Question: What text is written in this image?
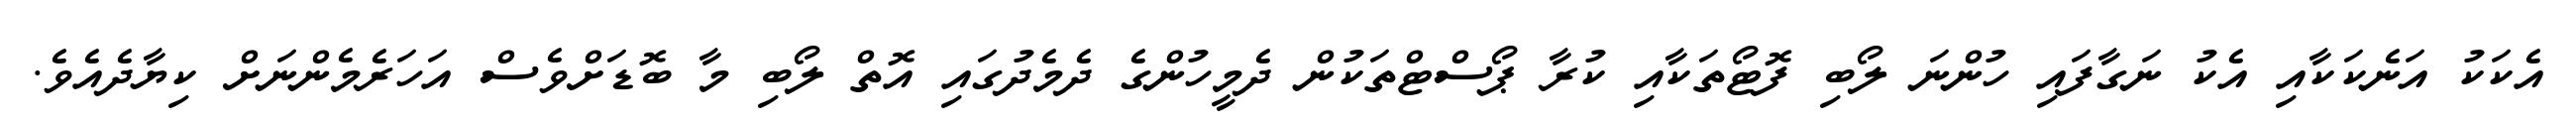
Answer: އެކަކު އަނެކަކާއި އެކު ނަގާފައި ހުންނަ ލޯބި ފޮޓޯތަކާއި ކުރާ ޕޯސްޓްތަކުން ދެމީހުންގެ ދެމެދުގައި އޮތް ލޯބި މާ ބޮޑަށްވެސް އަހަރެމެންނަށް ކިޔާދެއެވެ.